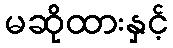
မဆိုထားနှင့်